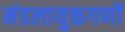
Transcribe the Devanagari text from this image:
मंडलायुक्तगणों